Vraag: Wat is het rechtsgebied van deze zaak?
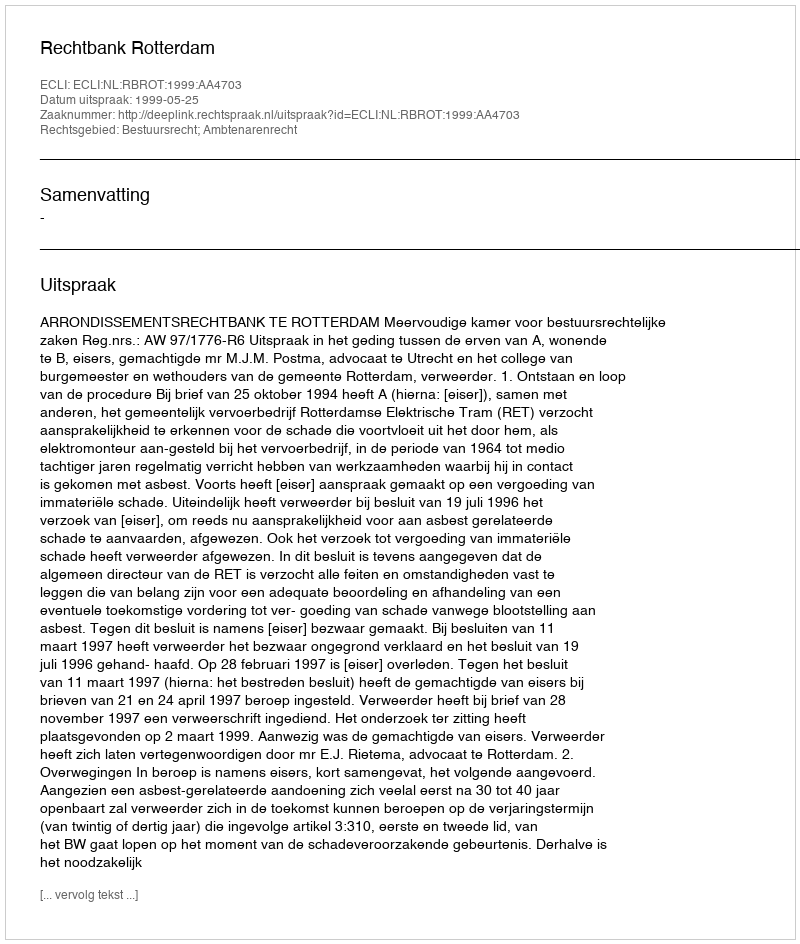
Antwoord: Bestuursrecht; Ambtenarenrecht